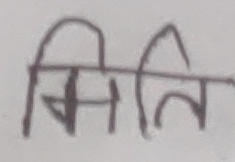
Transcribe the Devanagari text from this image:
मिति